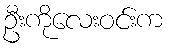
ဦးကိုလေးဝင်းက